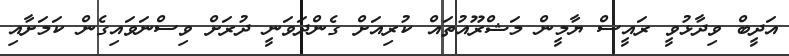
އަދީބް ވިދާޅުވީ ރައީސް ޔާމީން މަޝްރޫއުތައް ކުރިއަށް ގެންދަވަނީ ދުރަށް ވިސްނަވައިގެން ކަމަށާއި